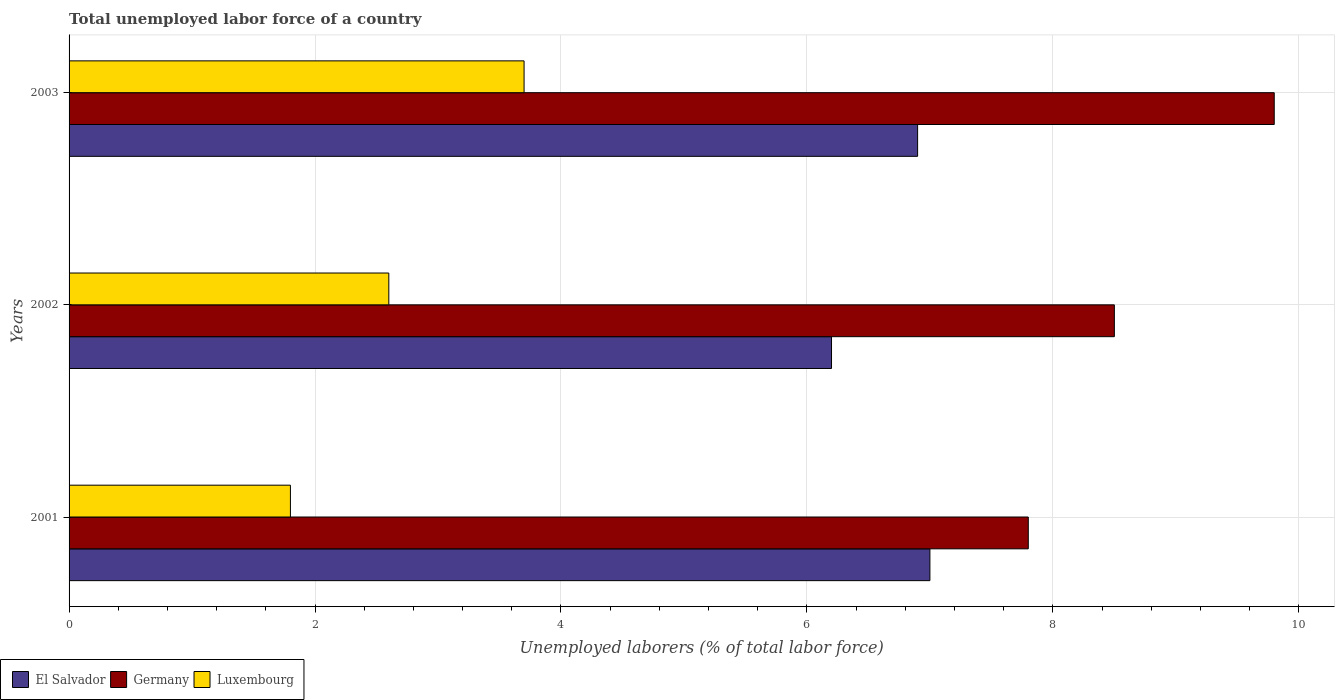
| Years | El Salvador | Germany | Luxembourg |
 | --- | --- | --- | --- |
 | 2001 | 7 | 7.8 | 1.8 |
 | 2002 | 6.2 | 8.5 | 2.6 |
 | 2003 | 6.9 | 9.8 | 3.7 |